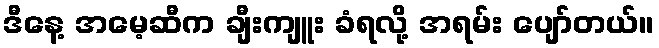
ဒီနေ့ အမေ့ဆီက ချီးကျူး ခံရလို့ အရမ်း ပျော်တယ်။